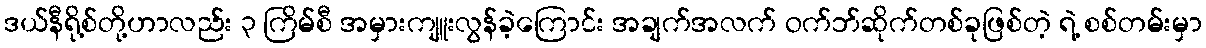
ဒယ်နီရို့စ်တို့ဟာလည်း ၃ ကြိမ်စီ အမှားကျူးလွန်ခဲ့ကြောင်း အချက်အလက် ဝက်ဘ်ဆိုက်တစ်ခုဖြစ်တဲ့ ရဲ့ စစ်တမ်းမှာ